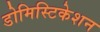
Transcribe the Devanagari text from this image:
डोमिस्टिकेशन